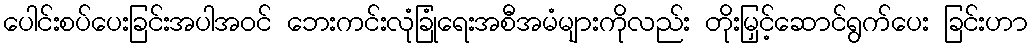
ပေါင်းစပ်ပေးခြင်းအပါအဝင် ဘေးကင်းလုံခြုံရေးအစီအမံများကိုလည်း တိုးမြှင့်ဆောင်ရွက်ပေး ခြင်းဟာ